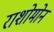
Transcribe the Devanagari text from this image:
राशोमोन